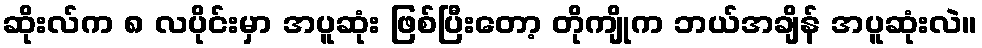
ဆိုးလ်က ၈ လပိုင်းမှာ အပူဆုံး ဖြစ်ပြီးတော့ တိုကျိုက ဘယ်အချိန် အပူဆုံးလဲ။